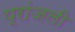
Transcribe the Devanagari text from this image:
प्रांजली